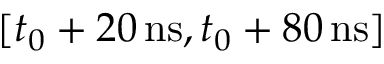
[ t _ { 0 } + 2 0 \, \mathrm { n s } , t _ { 0 } + 8 0 \, \mathrm { n s } ]